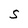
Character: S